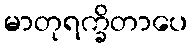
မာတုရက္ခိတာပေ